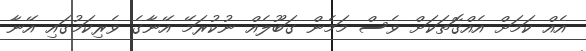
އެއް ކަމަށް އެއްގޮތަަކަށް ވެސް މަމެން ގަބޫލެއް ނުކުރަމޭ އޭނާގެ ވެރިކަމުގައި އޭނާ